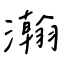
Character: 瀚